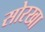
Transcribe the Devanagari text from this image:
सोरखा